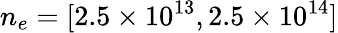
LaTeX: n_{e}=[2.5\times 10^{13},2.5\times 10^{14}]